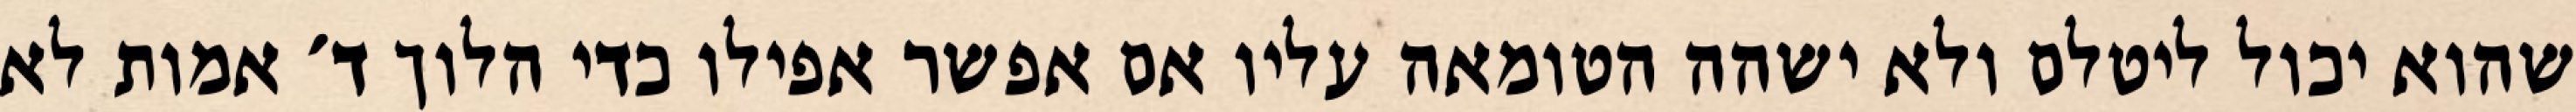
שהוא יכול ליטלם ולא ישהה הטומאה עליו אם אפשר אפילו כדי הלוך ד׳ אמות לא